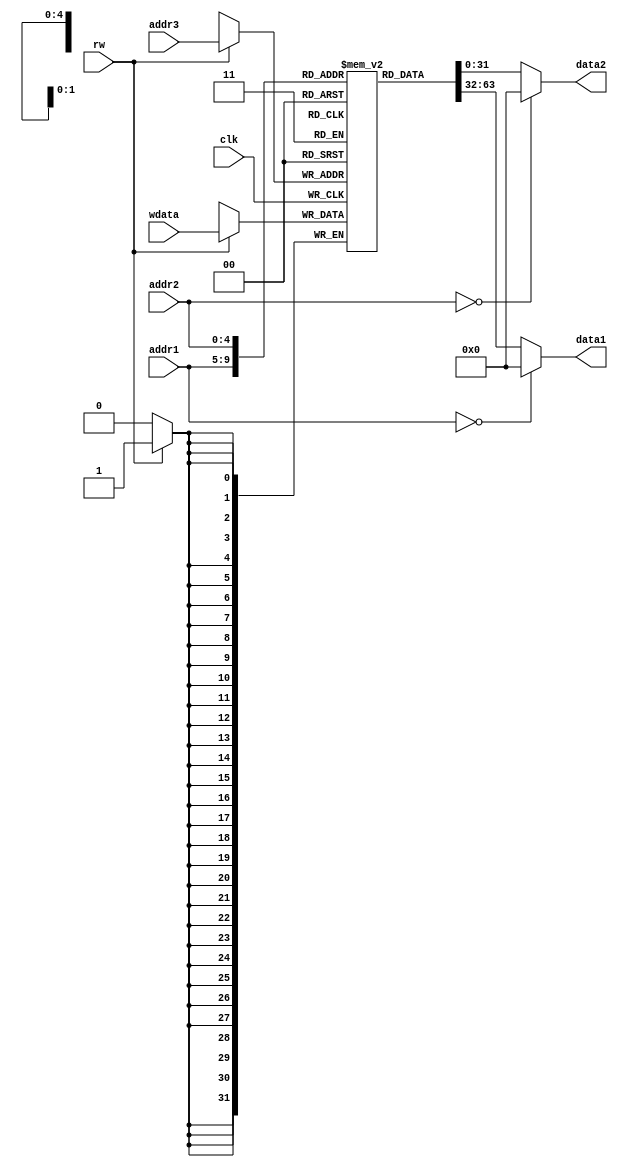
module regfile (
	input         clk  ,
	input  [ 4:0] addr1,
	input  [ 4:0] addr2,
	output reg [31:0] data1,
	output reg [31:0] data2,
	input         rw   ,
	input  [ 4:0] addr3,
	input  [31:0] wdata
);

	reg [31:0] regmem[31:0];

	always @(addr1 or regmem[addr1]) begin
		if (0 == addr1) begin
			data1 = 0;
		end else begin
			data1 = regmem[addr1];
		end
	end

	always @(addr2 or regmem[addr2]) begin
		if (0 == addr2) begin
			data2 = 0;
		end else begin
			data2 = regmem[addr2];
		end
	end

	always@ (posedge clk) begin
		if(1'b1 == rw) begin
			regmem[addr3] = wdata;
		end
	end

endmodule